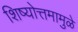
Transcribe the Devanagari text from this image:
शिष्योत्तमामुळे